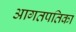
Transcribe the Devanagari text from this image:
आगतपतिका